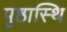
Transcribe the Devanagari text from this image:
पृष्ठास्थि